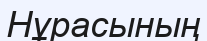
Нұрасының